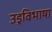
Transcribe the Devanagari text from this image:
उड्रविभाषा